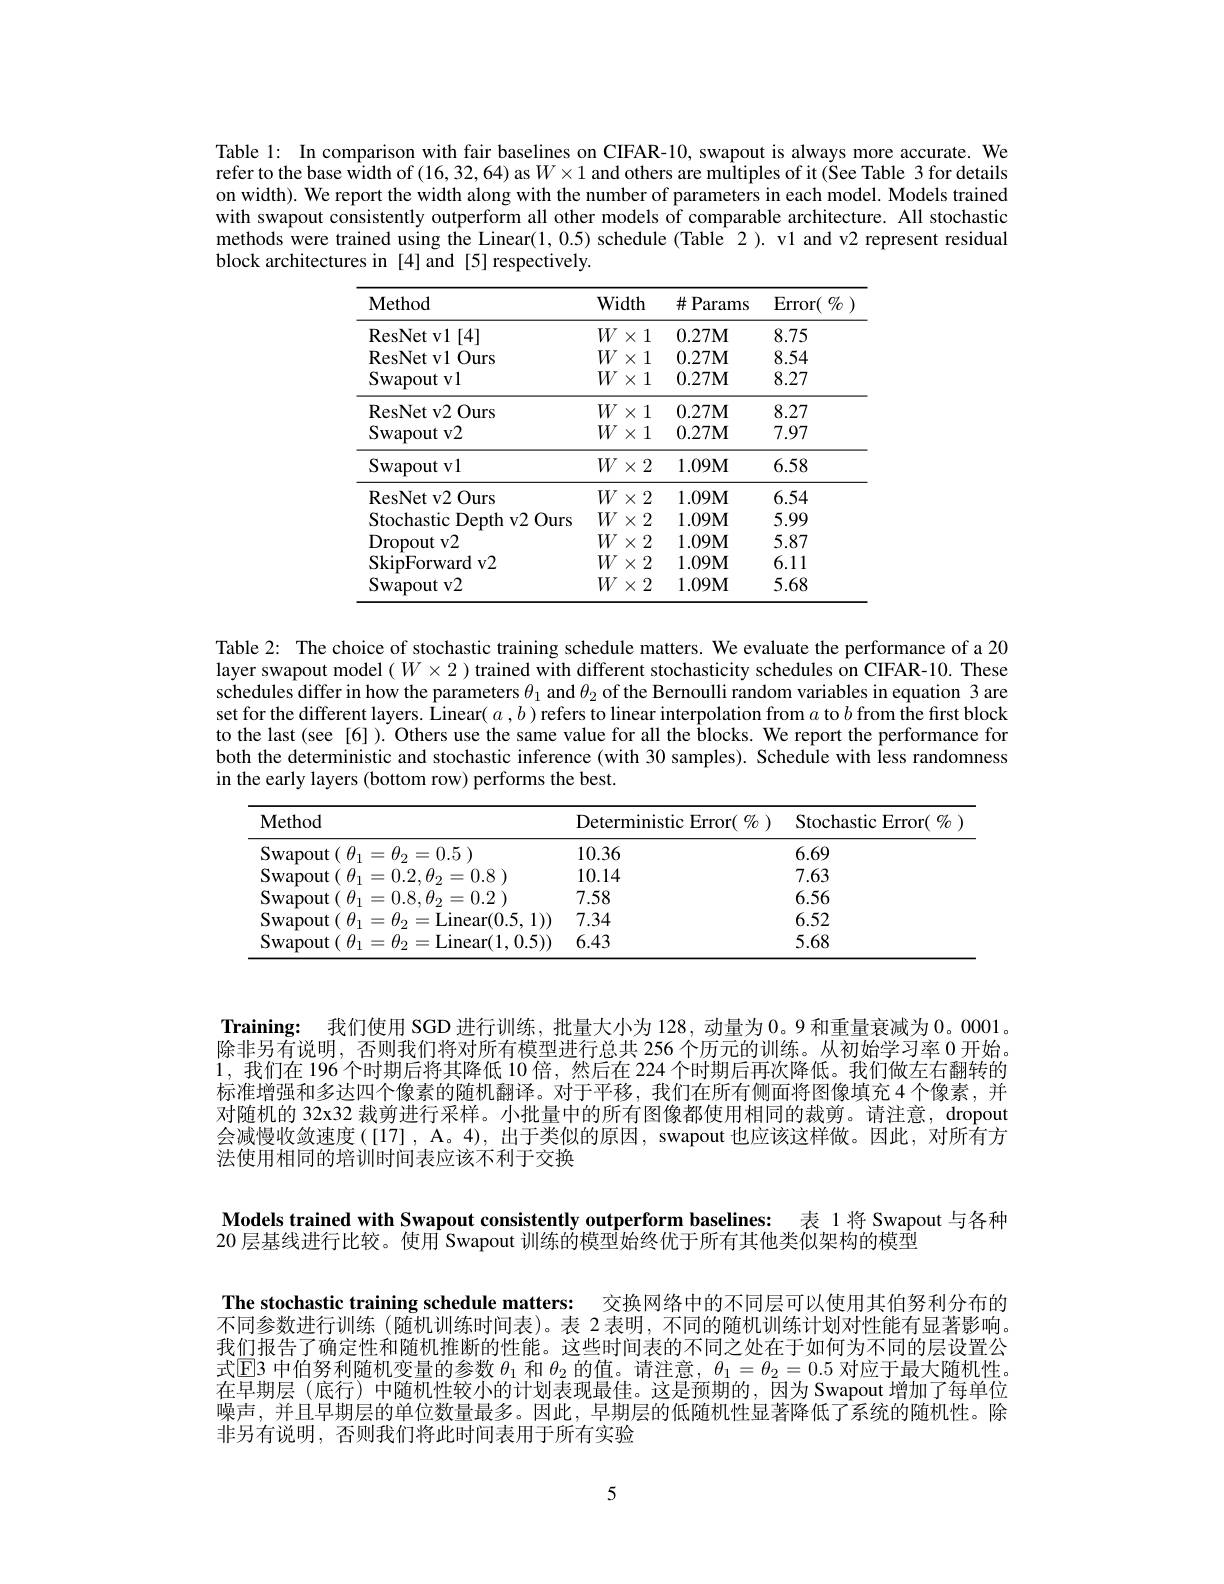
Table 1: In comparison with fair baselines on CIFAR-10, swapout is always more accurate. We refer to the base width of (16, 32, 64) as $W\times1$ and others are multiples of it (Šee Table 3 for details on width). We report the width along with the number of parameters in each model. Models trained with swapout consistently outperform all other models of comparable architecture. All stochastic methods were trained using the Linear(1,0.5) schedule (Table 2). v1 and v2 represent residual block architectures in [4] and [5] respectively.

<table>
	<tbody>
		<tr>
			<th>Method</th>
			<th>Wic</th>
			<th>dth</th>
			<th>$\#$Params</th>
			<th>$\operatorname{Error}(\begin{array}{c}{0/0}\end{array}$</th>
		</tr>
		<tr>
			<td>ResNet v1 [ 4] </td>
			<td>$W$</td>
			<td>1 $X$</td>
			<td>$0.27\mathbf{M}$</td>
			<td>8.75</td>
		</tr>
		<tr>
			<td>ResNet vl Ours</td>
			<td>$W$</td>
			<td>1 $X$</td>
			<td>$0.27\mathbf{M}$</td>
			<td>8.54</td>
		</tr>
		<tr>
			<td>Swapout vl</td>
			<td>$W$</td>
			<td>1 $X$</td>
			<td>$0.27\mathbf{M}$</td>
			<td>8.27</td>
		</tr>
		<tr>
			<td>ResNet v2 Ours $\operatorname{Swapoutv2}$</td>
			<td>$W$ $W$</td>
			<td>1 $X$ 1 $X$</td>
			<td>$0.27\mathbf{M}$ $0.27\mathbf{M}$</td>
			<td>8.27 7.97</td>
		</tr>
		<tr>
			<td>ResNet v2 Ours</td>
			<td>$W$</td>
			<td>1 $X$</td>
			<td>$0.27\mathbf{M}$</td>
			<td>8.27</td>
		</tr>
		<tr>
			<td>Swapout v2</td>
			<td>$W$</td>
			<td>1 $X$</td>
			<td>$0.27\mathbf{M}$</td>
			<td>7.97</td>
		</tr>
		<tr>
			<td>Swapout vl</td>
			<td>$W$</td>
			<td>2 $X$</td>
			<td>$1.09M$</td>
			<td>6.58</td>
		</tr>
		<tr>
			<td>ResNet v2 Ours</td>
			<td>$W$</td>
			<td>2 $X$</td>
			<td>1.09M</td>
			<td>6.54</td>
		</tr>
		<tr>
			<td>Stochastic Depth v2 Ours</td>
			<td>$W$</td>
			<td>2 $X$</td>
			<td>1.09M</td>
			<td>5.99</td>
		</tr>
		<tr>
			<td>Dropout v2</td>
			<td>$W$</td>
			<td>2 $X$</td>
			<td>$1.09\mathbf{M}$</td>
			<td>5.87</td>
		</tr>
		<tr>
			<td>SkipForward v2</td>
			<td>$W$</td>
			<td>2 $X$</td>
			<td>1.09M</td>
			<td>6.11</td>
		</tr>
		<tr>
			<td>Swapoutv2</td>
			<td>$W$</td>
			<td>2 $X$</td>
			<td>1.09M</td>
			<td>5.68</td>
		</tr>
	</tbody>
</table>

Table 2: The choice of stochastic training schedule matters. We evaluate the performance of a 20 layer swapout model $(W\times2$ ) trained with different stochasticity schedules on CIFAR-10. These schedules differ in how the parameters $\theta_1$ and $\theta_2$ of the Bernoulli random variables in equation 3 are set for the different layers. Linear( $a,b)$ refers to linear interpolation from $a$ to $b$ from the first block to the last (see [6] ). Others use the same value for all the blocks. We report the performance for both the deterministic and stochastic inference (with 30 samples). Schedule with less randomness in the early layers (bottom row) performs the best.

<table>
	<tbody>
		<tr>
			<th>Method</th>
			<th>Deterministic Error( $\%)$</th>
			<th>Stochastic Error( $\cdot\left(\begin{array}{c}{0/0}\\\end{array}\right)$</th>
		</tr>
		<tr>
			<td>Swapout $H_{1}$ $H$ =0.5</td>
			<td>10.36</td>
			<td>6.69</td>
		</tr>
		<tr>
			<td>Swapout t$(\theta_{1}=0.2,\theta_{2}=0.8)$ 1</td>
			<td>10.14</td>
			<td>7.63</td>
		</tr>
		<tr>
			<td>${\mathrm{Swapout}}( \theta _{1}= 0. 8, \theta _{2}= 0. 2$ )</td>
			<td>7.58</td>
			<td>6.56</td>
		</tr>
		<tr>
			<td>Swapout ${\mathrm{Linear}}(0.5,1))$ ( $\theta _{1}= 0$</td>
			<td>7.34</td>
			<td>6.52</td>
		</tr>
		<tr>
			<td>Swapout =Linear(1,0.5)) -1 ( $\theta _{1}=$ $H.$</td>
			<td>6.43</td>
			<td>5.68</td>
		</tr>
	</tbody>
</table>

Training: 我们使用 SGD 进行训练，批量大小为 128, 动量为0。9 和重量衰减为0。0001。除非另有说明，否则我们将对所有模型进行总共 256 个历元的训练。从初始学习率0开始。1,我们在 196 个时期后将其降低 10 倍，然后在 224 个时期后再次降低。我们做左右翻转的标准增强和多达四个像素的随机翻译。对于平移，我们在所有侧面将图像填充4 个像素，并对随机的 32x32 裁剪进行采样。小批量中的所有图像都使用相同的裁剪。请注意，dropout 会减慢收敛速度([17], A。4), 出于类似的原因，swapout 也应该这样做。因此，对所有方法使用相同的培训时间表应该不利于交换

Models trained with Swapout consistently outperform baselines: 表 1 将 Swapout 与各种
20 层基线进行比较。使用 Swapout 训练的模型始终优于所有其他类似架构的模型

The stochastic training schedule matters: 交换网络中的不同层可以使用其伯努利分布的$\bar{\text{不同参数进行训练(随机训练时间表)。表 2 表明，不同的随机训练计划对性能有显著影响。}}$ 我们报告了确定性和随机推断的性能。这些时间表的不同之处在于如何为不同的层设置公式$\operatorname{E}$3 中伯努利随机变量的参数$\theta_1$和$\theta_2$的值。请注意，$\theta_1=\theta_2=0.5$对应于最大随机性在早期层(底行)中随机性较小的计划表现最佳。这是预期的，因为 Swapout 增加了每单位噪声，并且早期层的单位数量最多。因此，早期层的低随机性显著降低了系统的随机性。除非另有说明，否则我们将此时间表用于所有实验

5